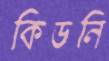
কিডনি